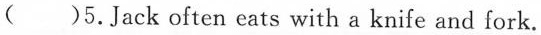
( )5. Jack often eats with a knife and fork.